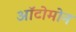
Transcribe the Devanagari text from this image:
ऑटोमोन